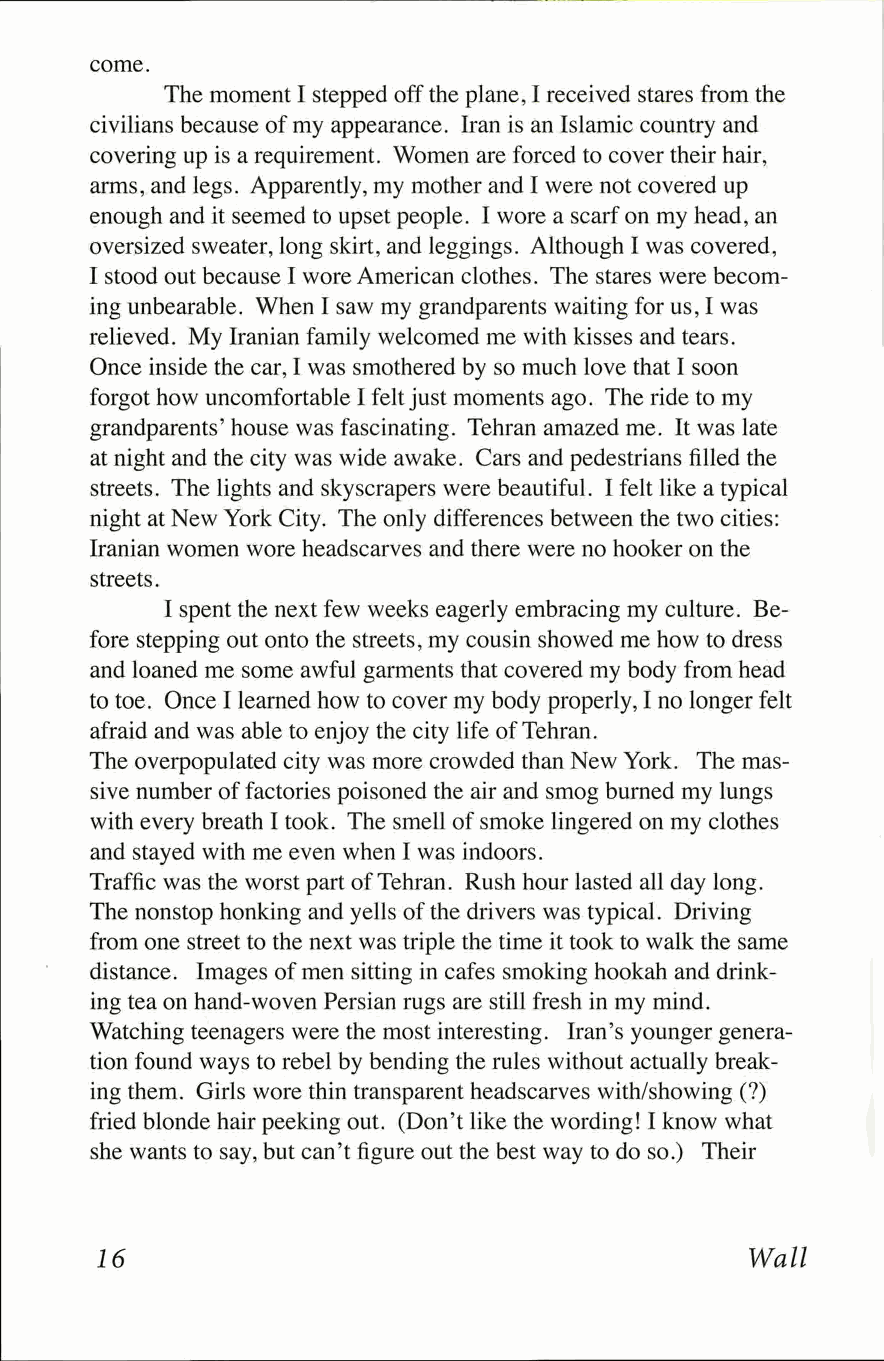
come.
 The moment I stepped off the plane, I received stares from the
 civilians because of my appearance. Iran is an Islamic country and
 covering up is a requirement. Women are forced to cover their hair,
 arms, and legs. Apparently, my mother and I were not covered up
 enough and it seemed to upset people. I wore a scarf on my head, an
 oversized sweater, long skirt, and leggings. Although I was covered,
 I stood out because I wore American clothes. The stares were becom­
 ing unbearable. When I saw my grandparents waiting for us, I was
 relieved. My Iranian family welcomed me with kisses and tears.
 Once inside the car, I was smothered by so much love that I soon
 forgot how uncomfortable I felt just moments ago. The ride to my
 grandparents'house was fascinating. Tehran amazed me. It was late
 at night and the city was wide awake. Cars and pedestrians filled the
 streets. The lights and skyscrapers were beautiful. I felt like a typical
 night at New York City. The only differences between the two cities:
 Iranian women wore headscarves and there were no hooker on the
 streets.
 I spent the next few weeks eagerly embracing my culture. Be­
 fore stepping out onto the streets, my cousin showed me how to dress
 and loaned me some awful garments that covered my body from head
 to toe. Once I learned how to cover my body properly, I no longer felt
 afraid and was able to enjoy the city life of Tehran.
 The overpopulated city was more crowded than New York. The mas­
 sive number of factories poisoned the air and smog burned my lungs
 with every breath I took. The smell of smoke lingered on my clothes
 and stayed with me even when I was indoors.
 Traffic was the worst part of Tehran. Rush hour lasted all day long.
 The nonstop honking and yells of the drivers was typical. Driving
 from one street to the next was triple the time it took to walk the same
 distance. Images of men sitting in cafes smoking hookah and drink­
 ing tea on hand-woven Persian rugs are still fresh in my mind.
 Watching teenagers were the most interesting. Iran's younger genera­
 tion found ways to rebel by bending the rules without actually break­
 ing them. Girls wore thin transparent headscarves with/showing (?)
 fried blonde hair peeking out. (Don't like the wording! I know what
 she wants to say, but can't figure out the best way to do so.) Their
 16                                         Wall